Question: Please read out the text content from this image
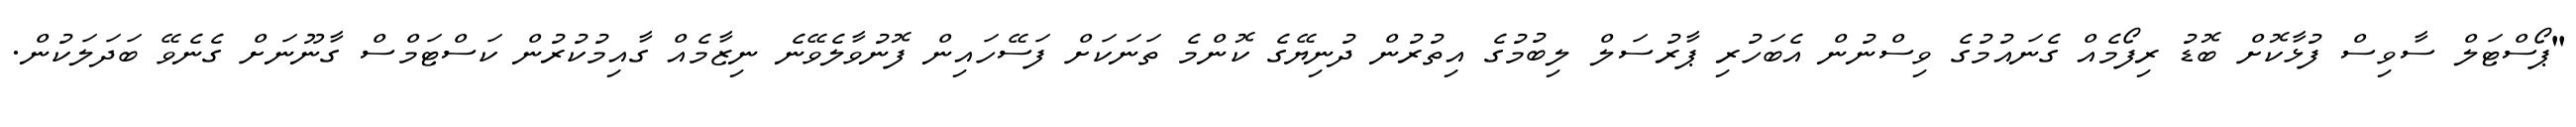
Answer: "ޕޯސްޓަލް ސާވިސް ފުޅާކޮށް ބޮޑު ރިފޯމެއް ގެނައުމުގެ ވިސްނުން އެބަހުރި ޕާރުސަލް ލިބުމުގެ އިތުރުން ދުނިޔޭގެ ކޮންމެ ތަނަކަށް ފަސޭހައިން ފޮނުވާލެވޭނެ ނިޒާމެއް ގާއިމުކުރުން ކަސްޓަމްސް ގާނޫނަށް ގެނެވޭ ބަދަލަކުން.